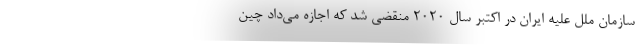
سازمان ملل علیه ایران در اکتبر سال ۲۰۲۰ منقضی شد که اجازه می‌داد چین